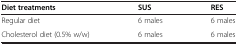
<table><thead><tr><td><b>Diet treatments</b></td><td><b>SUS</b></td><td><b>RES</b></td></tr></thead><tbody><tr><td>Regular diet</td><td>6 males</td><td>6 males</td></tr><tr><td>Cholesterol diet (0.5% w/w)</td><td>6 males</td><td>6 males</td></tr></tbody></table>